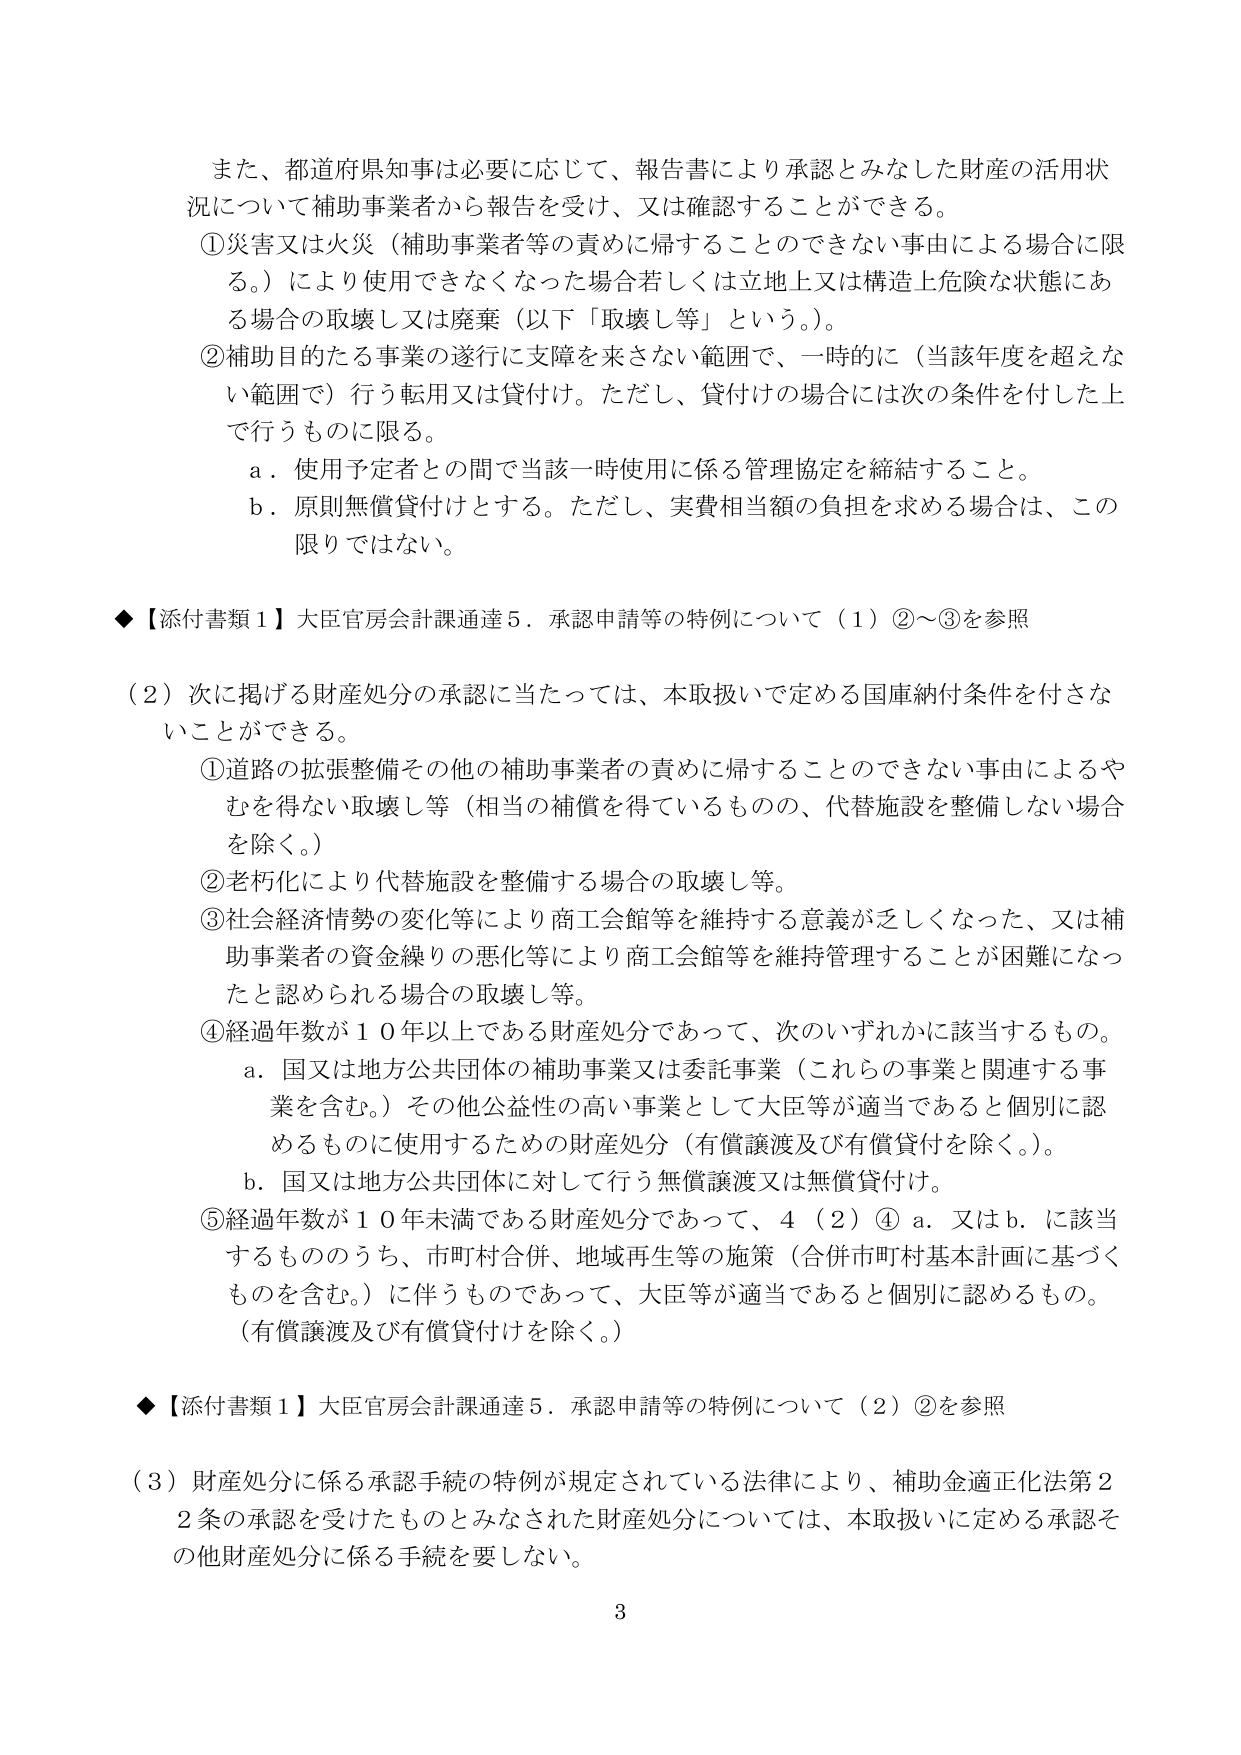
また、都道府県知事は必要に応じて、報告書により承認とみなした財産の活用状況について補助事業者から報告を受け、又は確認することができる。

①災害又は火災（補助事業者等の責めに帰することのできない事由による場合に限る。）により使用できなくなった場合若しくは立地上又は構造上危険な状態にある場合の取壊し又は廃棄（以下「取壊し等」という。）。

②補助目的たる事業の遂行に支障を来さない範囲で、一時的に（当該年度を超えない範囲で）行う転用又は貸付け。ただし、貸付けの場合には次の条件を付した上で行うものに限る。

　a．使用予定者との間で当該一時使用に係る管理協定を締結すること。

　b．原則無償貸付けとする。ただし、実費相当額の負担を求める場合は、この限りではない。

◆【添付書類1】大臣官房会計課通達5．承認申請等の特例について（1）②～③を参照

（2）次に掲げる財産処分の承認に当たっては、本取扱いで定める国庫納付条件を付さないことができる。

　①道路の拡張整備その他の補助事業者の責めに帰することのできない事由によるやむを得ない取壊し等（相当の補償を得ているものの、代替施設を整備しない場合を除く。）

　②老朽化により代替施設を整備する場合の取壊し等。

　③社会経済情勢の変化等により商工会館等を維持する意義が乏しくなった、又は補助事業者の資金繰りの悪化等により商工会館等を維持管理することが困難になったと認められる場合の取壊し等。

　④経過年数が10年以上である財産処分であって、次のいずれかに該当するもの。

　　a．国又は地方公共団体の補助事業又は委託事業（これらの事業と関連する事業を含む。）その他公益性の高い事業として大臣等が適当であると個別に認めるものに使用するための財産処分（有償譲渡及び有償貸付を除く。）。

　　b．国又は地方公共団体に対して行う無償譲渡又は無償貸付け。

　⑤経過年数が10年未満である財産処分であって、4（2）④ a．又は b．に該当するもののうち、市町村合併、地域再生等の施策（合併市町村基本計画に基づくものを含む。）に伴うものであって、大臣等が適当であると個別に認めるもの。（有償譲渡及び有償貸付けを除く。）

◆【添付書類1】大臣官房会計課通達5．承認申請等の特例について（2）②を参照

（3）財産処分に係る承認手続の特例が規定されている法律により、補助金適正化法第22条の承認を受けたものとみなされた財産処分については、本取扱いに定める承認その他財産処分に係る手続を要しない。

3